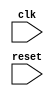
module behavioral_block (
    input wire clk,
    input wire reset
);

always @(posedge clk or negedge reset) begin
    // Define specific behavior here
    // Include logic operations, signal assignments, etc.
end

endmodule